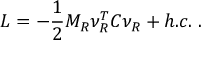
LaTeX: { \cal L } = - \frac { 1 } { 2 } M _ { R } \nu _ { R } ^ { T } C \nu _ { R } + h . c . \; .